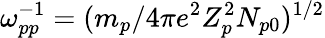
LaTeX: \omega_{pp}^{-1}=(m_{p}/4\pi e^{2}Z_{p}^{2}N_{p0})^{1/2}